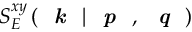
S _ { E } ^ { x y } \left( \textit { \textbf { k } } | \textit { \textbf { p } } , \textit { \textbf { q } } \right)